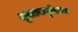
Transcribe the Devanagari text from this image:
शुक्लयजुर्वेदका